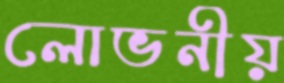
লোভনীয়